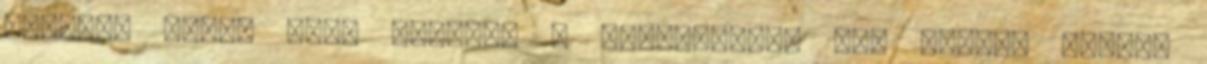
egyszer talán azok lesznek - válaszolta. Még halála előtti